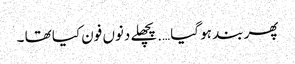
پھر بند ہو گیا ….پچھلے دنوں فون کیا تھا ۔